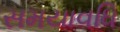
સમયાવધિ